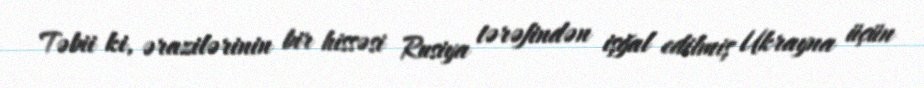
Təbii ki, ərazilərinin bir hissəsi Rusiya tərəfindən işğal edilmiş Ukrayna üçün